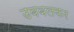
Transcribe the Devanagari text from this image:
उबबलकर